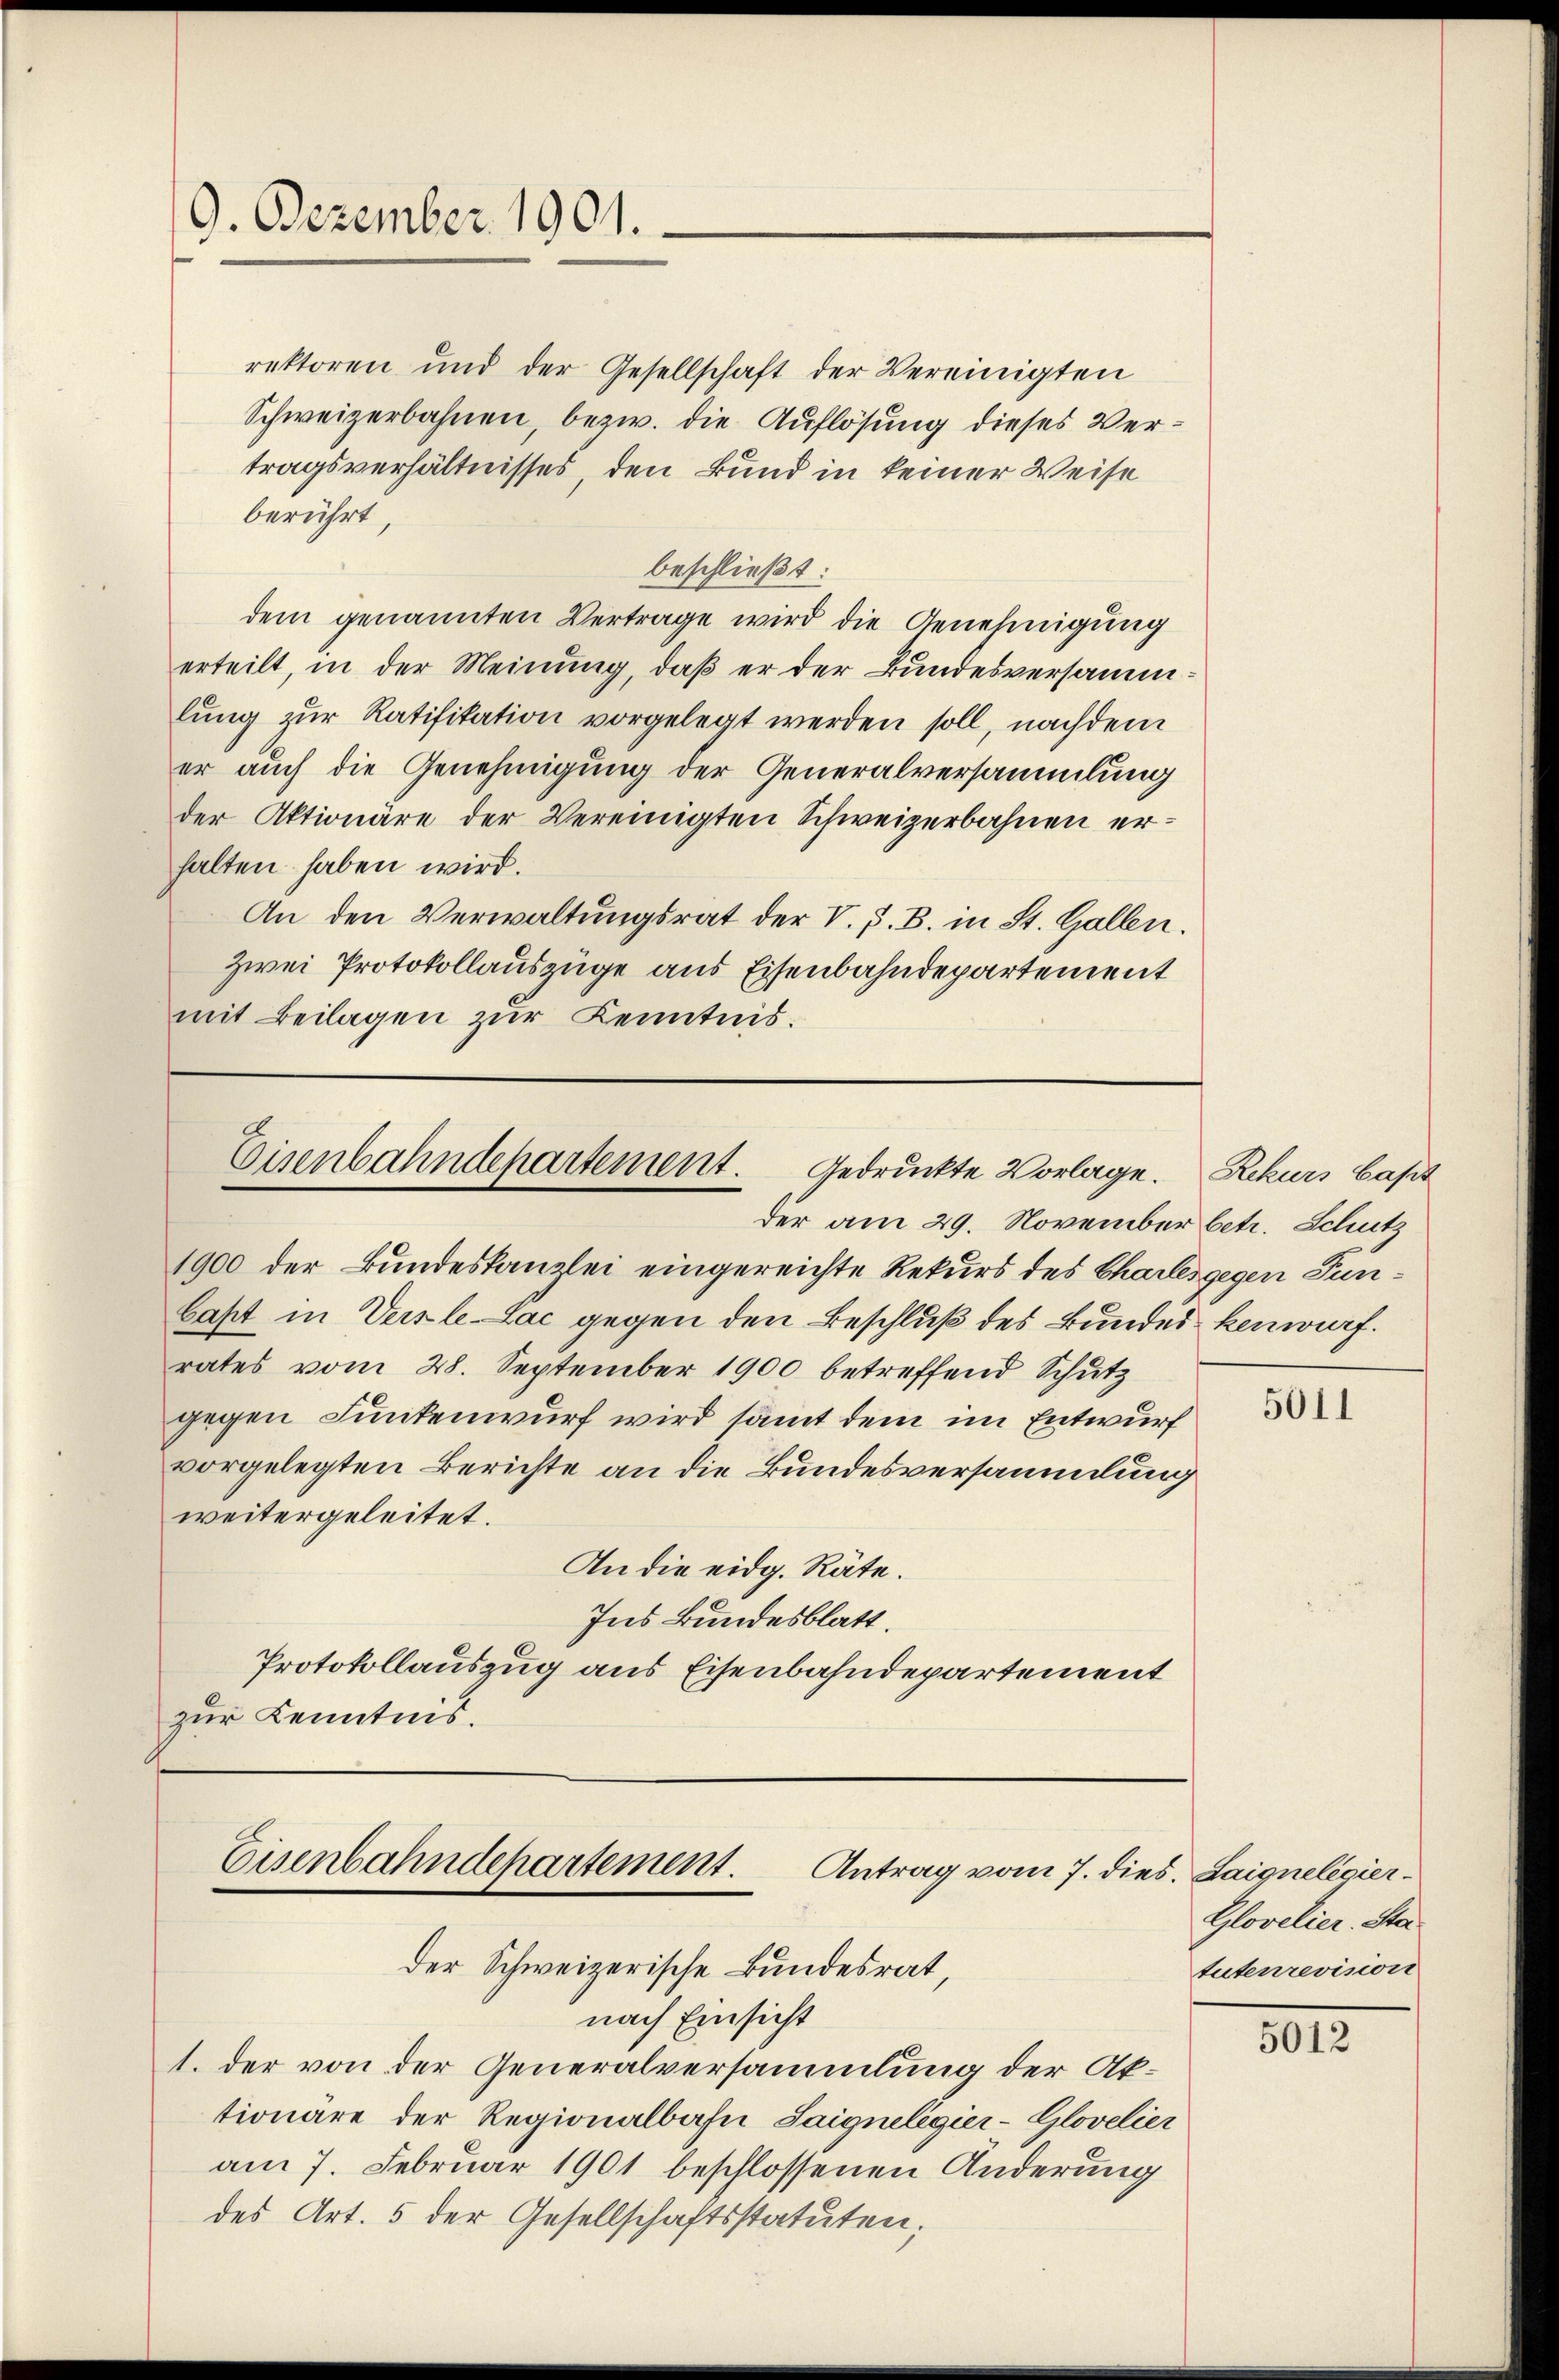
9. Dezember 1901.

Eisenbahndepartement. Gedruckte Vorlage.
der am 29. November betr. Schutz

rektoren und der Gesellschaft der Vereinigten
Schweizerbahnen, bezw. die Auflösung dieses Vertragsverhältnisses, den Bund in keiner Weise
berührt,
beschließt:
dem genannten Vertrage wird die Genehmigung
erteilt, in der Meinung, daß er der Bundesversammlung zŭr Ratifikation vorgelegt werden soll, nachdem
er auch die Genehmigung der Generalversammlung
der Aktionäre der Vereinigten Schweizerbahnen erhalten haben wird.
An den Verwaltungsrat der V. P. B. in St. Gallen.
Zwei Protokollauszüge aus Eisenbahndepartement
mit Beilagen zur Kenntnis.

1900 der Bundeskanzlei eingereichte Rekurs des Chartes gegen Fun¬
Cast in Versle-Lac gegen den Beschluß des Bundes kenwurf.
rates vom 28. September 1900 betreffend Schutz
gegen Funkenwurf wird samt dem im Entwurf
vorgelegten Berichte an die Bundesversammlung
weitergeleitet.
An die eidg. Räte.
Ins Bundesblatt.
Protokollauszug aus Eisenbahndepartement
zur Kenntnis.

Eisenbahndepartement.
Antrag vom 7. dies. Laigneligier
der Schweizerische Bundesrat
nach Einsicht

1. der von der Generalversammlung der Aktionäre der Regionalbahn Saigneligier-Glovelier
am 7. Februar 1901 beschlossenen Änderung
des Art. 5 der Gesellschaftsstatuten;

Rekurs Capit

5011

Glovelier. Sta
tutenrevision

5012